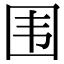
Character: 围